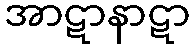
အာဋာနာဋာ